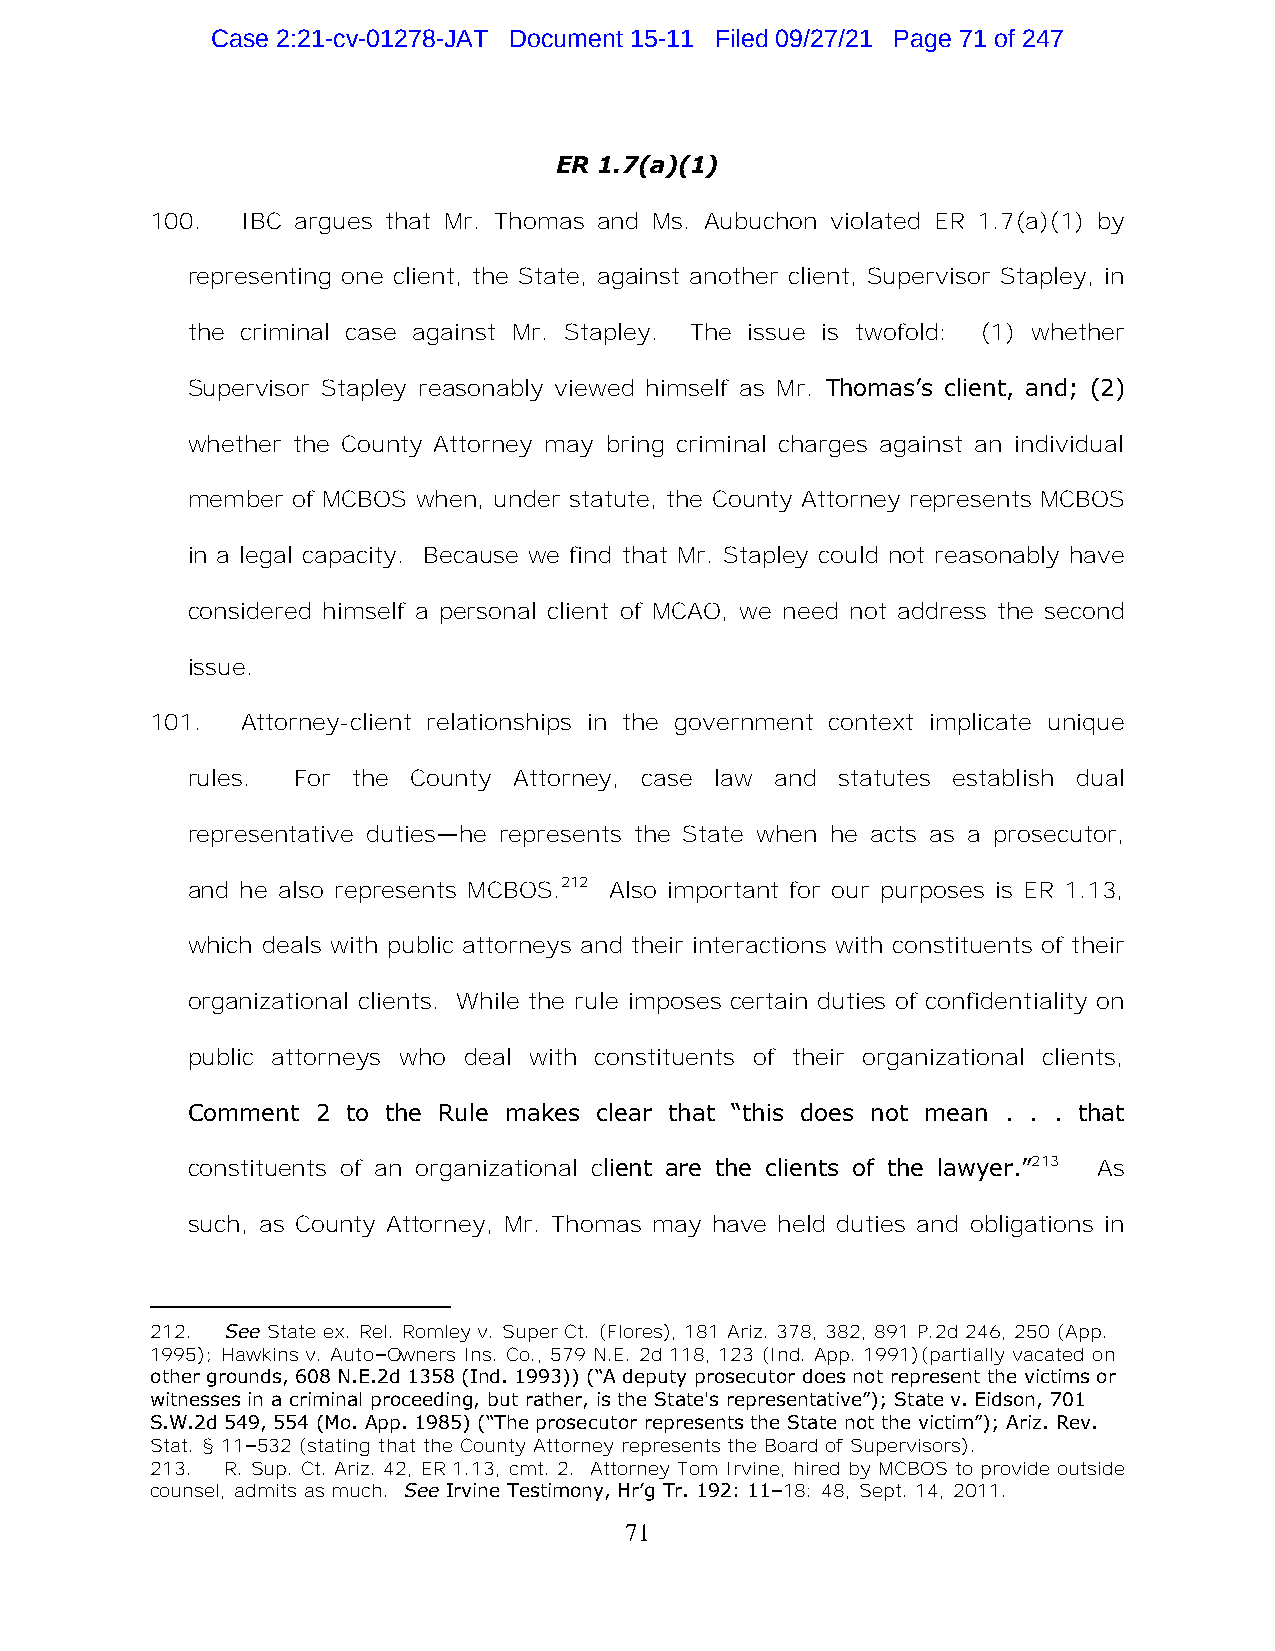
Case 2:21-cv-01278-JAT Document 15-11 Filed 09/27/21 Page 71 of 247
 ER 1.7(a)(1)
 100.  IBC argues that Mr. Thomas and Ms. Aubuchon violated ER 1.7(a)(1) by
 representing one client, the State, against another client, Supervisor Stapley, in
 the criminal case against Mr. Stapley. The issue is twofold: (1) whether
 Supervisor Stapley reasonably viewed himself as Mr. Thomas’s client, and; (2)
 whether the County Attorney may bring criminal charges against an individual
 member of MCBOS when, under statute, the County Attorney represents MCBOS
 in a legal capacity. Because we find that Mr. Stapley could not reasonably have
 considered himself a personal client of MCAO, we need not address the second
 issue.
 101.  Attorney-client relationships in the government context implicate unique
 rules. For the County Attorney, case law and statutes establish dual
 representative duties—he represents the State when he acts as a prosecutor,
 and he also represents MCBOS.212 Also important for our purposes is ER 1.13,
 which deals with public attorneys and their interactions with constituents of their
 organizational clients. While the rule imposes certain duties of confidentiality on
 public attorneys who deal with constituents of their organizational clients,
 Comment  2 to the Rule makes clear that “this does not mean . . . that
 constituents of an organizational client are the clients of the lawyer.”213 As
 such, as County Attorney, Mr. Thomas may have held duties and obligations in
 212. See State ex. Rel. Romley v. Super Ct. (Flores), 181 Ariz. 378, 382, 891 P.2d 246, 250 (App.
 1995); Hawkins v. Auto–Owners Ins. Co., 579 N.E. 2d 118, 123 (Ind. App. 1991)(partially vacated on
 other grounds, 608 N.E.2d 1358 (Ind. 1993)) (“A deputy prosecutor does not represent the victims or
 witnesses in a criminal proceeding, but rather, is the State's representative”); State v. Eidson, 701
 S.W.2d 549, 554 (Mo. App. 1985) (“The prosecutor represents the State not the victim”); Ariz. Rev.
 Stat. § 11–532 (stating that the County Attorney represents the Board of Supervisors).
 213. R. Sup. Ct. Ariz. 42, ER 1.13, cmt. 2. Attorney Tom Irvine, hired by MCBOS to provide outside
 counsel, admits as much. See Irvine Testimony, Hr’g Tr. 192: 11–18: 48, Sept. 14, 2011.
 71